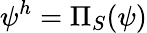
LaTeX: \psi^{h}=\Pi_{S}(\psi)